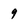
Character: 9